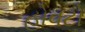
હોવટો